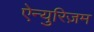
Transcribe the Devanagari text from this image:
ऐन्युरिज़म